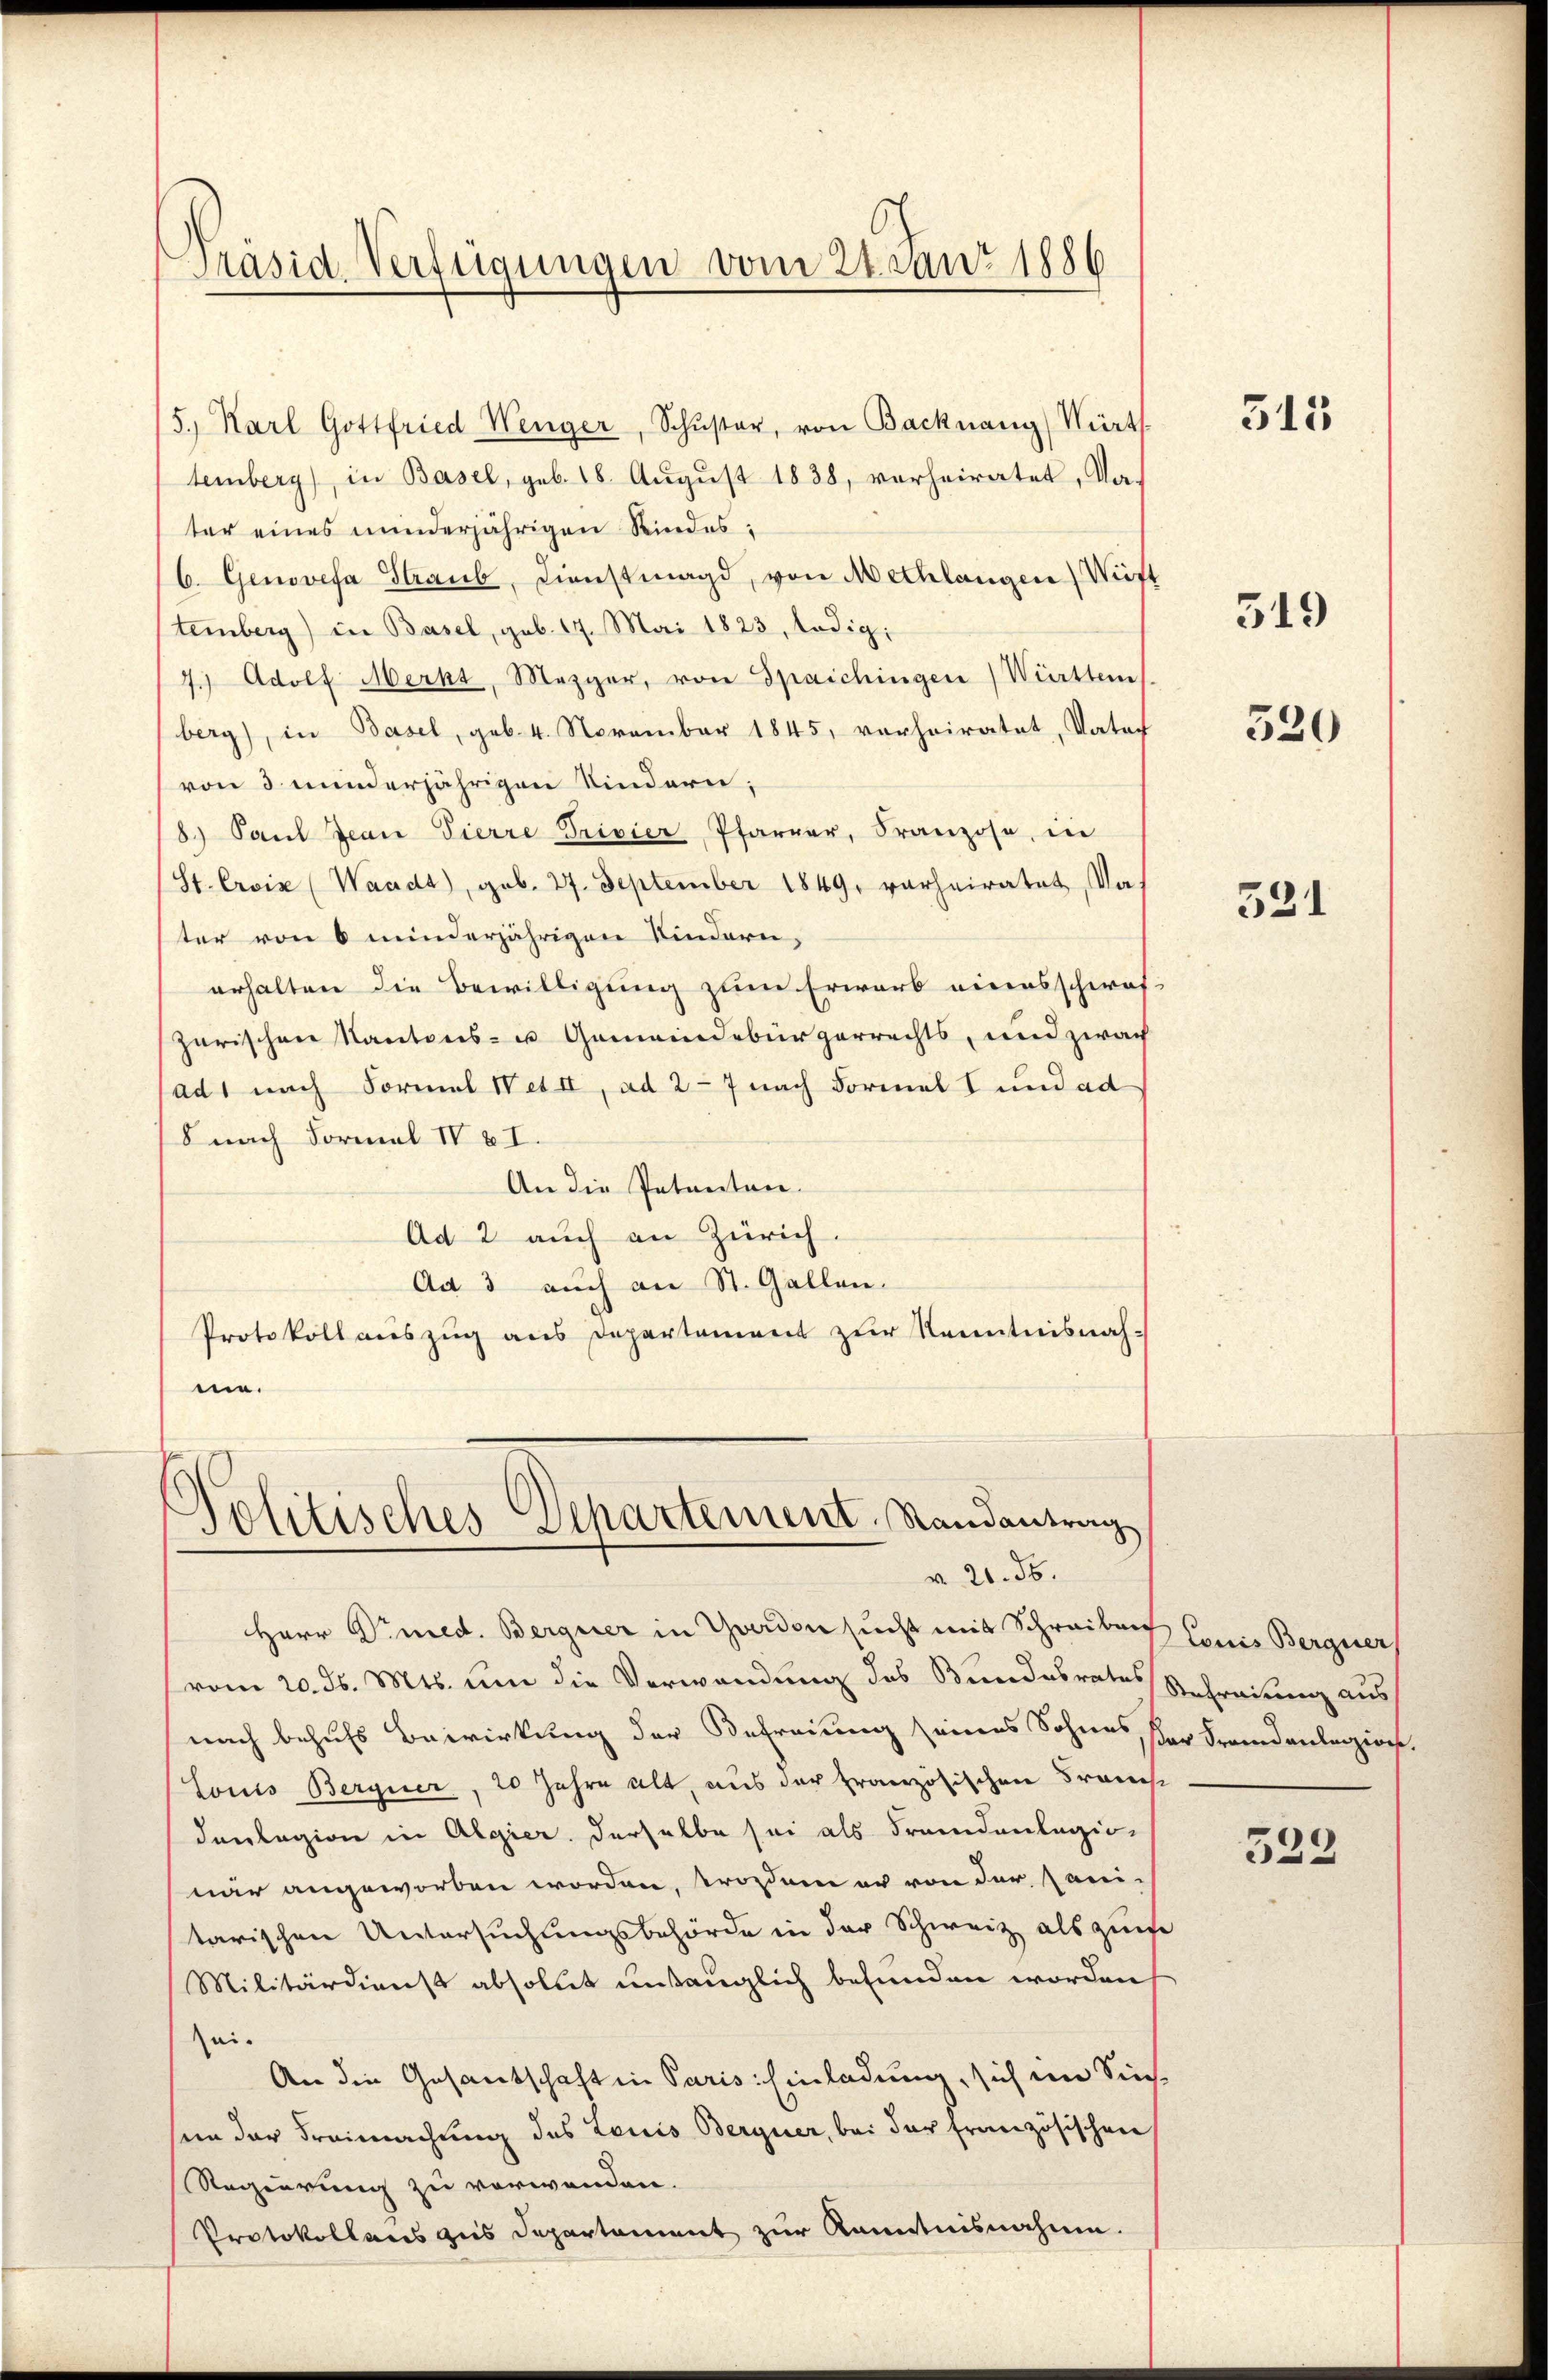
Präsid. Verfügungen vom 2tanz 1886

5., Karl Gottfried Wenger, Schŭster, von Backnang, Würts
temberg), in Basel, geb. 18. August 1838, verheiratet, Nater eines minderjährigen Kindes:
C. Genovefa Staub, Dienstmagd, von Mechlangen Wirst
temberg) in Basel, geb. 17. Mai 1823, ledig,
4. Adolf Merkt, Mezger, von Spaichingen Württems.
(berg), in Basel, geb. 4. November 1845, verheiratet, Vater
von 3 minderjährigen Kindern;
8.) Paŭl Jean Pierre Privier Pfarrer, Franzose, in
(St. Croix (Waadt, geb. 27. September 1849 verheiratet, Va-
ter von 6 minderjährigen Kindern,
erhalten die Bewilligung zum Erwarb eines schwel¬
Zarischen Kantons- u Gemeindebürgerrechts, und zwar
ad1 nach Formal IV et II, ad 2 - 7 nach Formel I und ad
8 nach Formal IV 81.
An die Petenten.
Ad 2 auch an Zürich.
Ad 3 auch an St. Gallen.
Protokoll auszug aus Departement zur Kenntnisnahme.

Politisches Departement, Randantrag
v. 20. 56.

Herr Vimed. Bergner in Yverdon sucht mit Schreiben Louis Berguer,
vom 20. ds. Mts. um die Verwendung des Bundesrates Befreiung aus
nach behufs Bewirkung der Befreiung seines Sohnes, der Frandanlegion.
Louis Berguer, 20 Jahre alt, aus der Französischen Francs
danlegion in Algier derselbe sei als Fremdenlegio
när angeworben worden, tropine er von der Sani-
tarischen Untersuchungsbehörde in der Schweiz als zum
Militärdienst absolut untauglich befunden worden,
sei.
An die Gesandschaft in Paris. Einladung, sich im Sinsen der Freimachung des Lauis Berguer, bei der französischen
Regierung zu verwenden.
Protokollens gus Departament zur Kenntnisnahme.

515

319

520

521

533